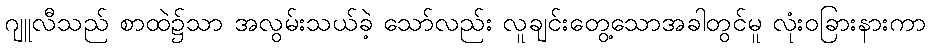
ဂျူလီသည် စာထဲ၌သာ အလွမ်းသယ်ခဲ့ သော်လည်း လူချင်းတွေ့သောအခါတွင်မူ လုံးဝခြားနားကာ